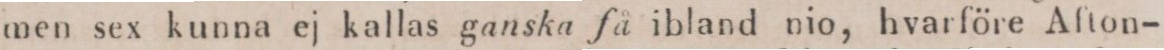
men sex kunna ej kallas ganska få ibland nio, hvarföre Afton-